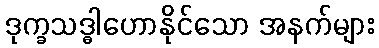
ဒုက္ခသဒ္ဓါဟောနိုင်သော အနက်များ